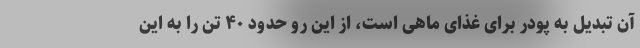
آن تبدیل به پودر برای غذای ماهی است، از این رو حدود ۴۰ تن را به این